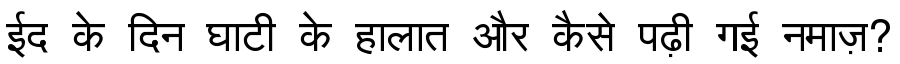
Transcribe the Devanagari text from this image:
ईद के दिन घाटी के हालात और कैसे पढ़ी गई नमाज़?